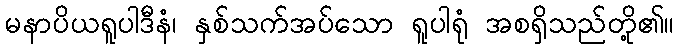
မနာပိယရူပါဒီနံ၊ နှစ်သက်အပ်သော ရူပါရုံ အစရှိသည်တို့၏။